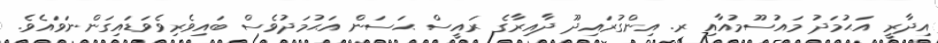
އިދާރީ އަޙުމަދު މައުސޫމުއާއި ރ. އިންގުރައިދޫ ދާއިރާގެ ރައީސް ޙަސަން އަޙުމަދުވެސް ބައިވެރިވެވަޑައިގަންނަވައެވެ.